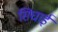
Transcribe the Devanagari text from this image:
सिघाई